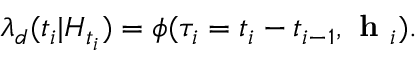
\lambda _ { d } ( t _ { i } | H _ { t _ { i } } ) = \phi ( \tau _ { i } = t _ { i } - t _ { i - 1 } , \textbf { h } _ { i } ) .